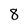
Character: 8